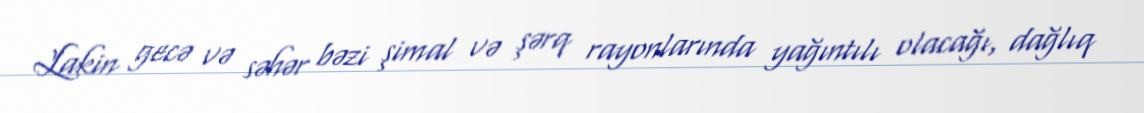
Lakin gecə və səhər bəzi şimal və şərq rayonlarında yağıntılı olacağı, dağlıq